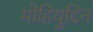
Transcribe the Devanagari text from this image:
मोहियुद्दिन